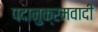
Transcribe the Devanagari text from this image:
पदानुक्रमवादी